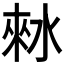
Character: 𰛾